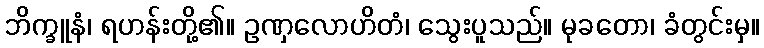
ဘိက္ခူနံ၊ ရဟန်းတို့၏။ ဥဏှလောဟိတံ၊ သွေးပူသည်။ မုခတော၊ ခံတွင်းမှ။